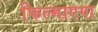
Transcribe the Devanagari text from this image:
फिल्माएगा